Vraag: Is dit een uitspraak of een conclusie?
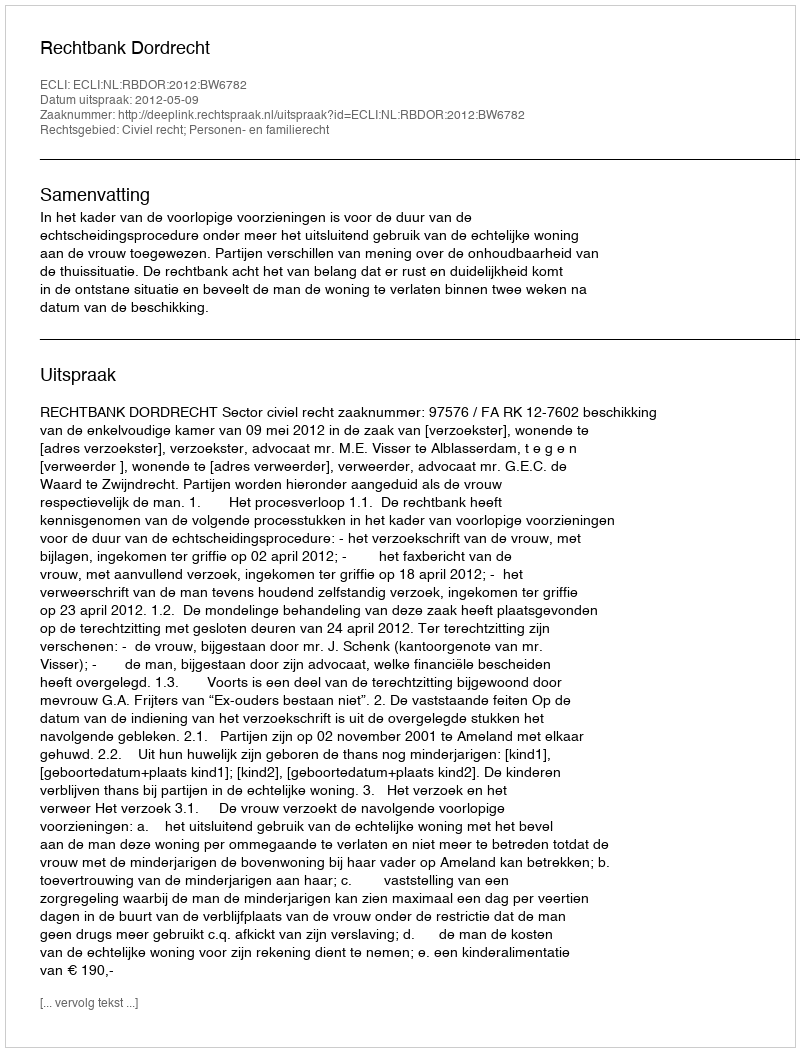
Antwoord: Uitspraak